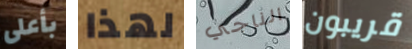
بأعلى لهذا الناجي قريبون